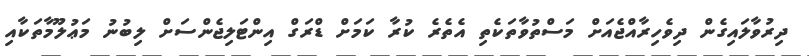
ދިރުވާލައިގެން ދިވެހިރާއްޖެއަށް މަސްތުވާތަކެތި އެތެރެ ކުރާ ކަމަށް ޑްރަގް އިންޓަލިޖެންސަށް ލިބުނު މަޢުލޫމާތަކާއި